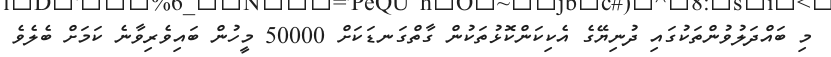
މި ބައްދަލުވުންތަކުގައި ދުނިޔޭގެ އެކިކަންކޮޅުތަކުން ގާތްގަނޑަކަށް 50000 މީހުން ބައިވެރިވާނެ ކަމަށް ބެލެވެ